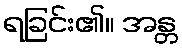
ရခြင်း၏။ အန္တ